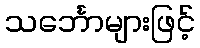
သင်္ဘောများဖြင့်